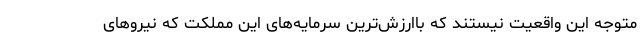
متوجه این واقعیت نیستند که باارزش‌ترین سرمایه‌های این مملکت که نیروهای